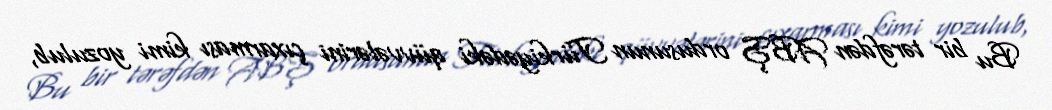
Bu bir tərəfdən ABŞ ordusunun Türkiyədəki qüvvələrini çıxarması kimi yozulub,